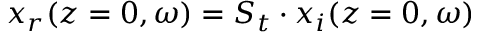
x _ { r } ( z = 0 , \omega ) = S _ { t } \cdot x _ { i } ( z = 0 , \omega )